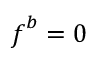
\boldsymbol { f } ^ { b } = 0